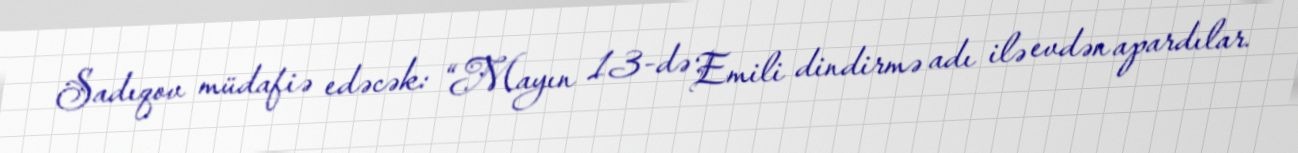
Sadıqov müdafiə edəcək: “Mayın 13-də Emili dindirmə adı ilə evdən apardılar.